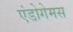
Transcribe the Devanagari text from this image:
एंडोगेमस